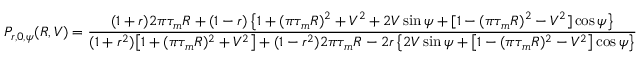
P _ { r , 0 , \psi } ( R , V ) = \frac { ( 1 + r ) 2 \pi \tau _ { m } R + ( 1 - r ) \left\{ 1 + ( \pi \tau _ { m } R ) ^ { 2 } + V ^ { 2 } + 2 V \sin \psi + [ 1 - ( \pi \tau _ { m } R ) ^ { 2 } - V ^ { 2 } ] \cos \psi \right\} } { ( 1 + r ^ { 2 } ) \big [ 1 + ( \pi \tau _ { m } R ) ^ { 2 } + V ^ { 2 } \big ] + ( 1 - r ^ { 2 } ) 2 \pi \tau _ { m } R - 2 r \left\{ 2 V \sin \psi + \big [ 1 - ( \pi \tau _ { m } R ) ^ { 2 } - V ^ { 2 } \big ] \cos \psi \right\} }